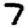
Digit: 7